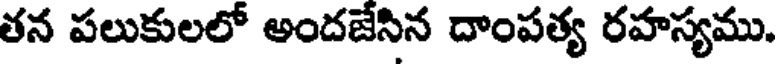
తన పలుకులలో అందజేసిన దాంపత్య రహస్యము.